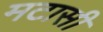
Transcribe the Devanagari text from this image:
मटासी